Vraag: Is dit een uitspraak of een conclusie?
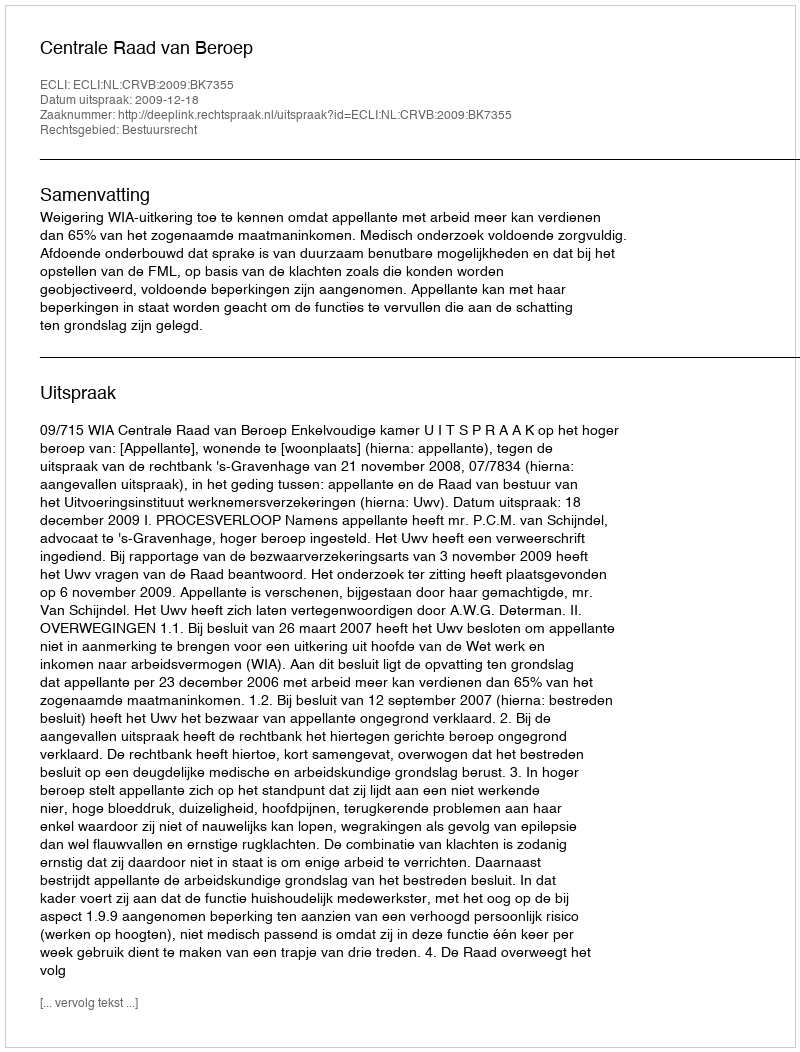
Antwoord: Uitspraak